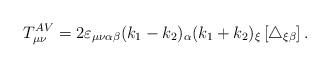
LaTeX: \begin{align*}T_{\mu \nu }^{AV}=2\varepsilon _{\mu \nu \alpha \beta }(k_{1}-k_{2})_{\alpha}(k_{1}+k_{2})_{\xi }\left[ \triangle _{\xi \beta }\right] .\end{align*}